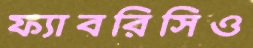
ফ্যাবরিসিও